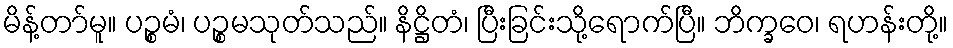
မိန့်တာ်မူ။ ပဉ္စမံ၊ ပဉ္စမသုတ်သည်။ နိဋ္ဌိတံ၊ ပြီးခြင်းသို့ရောက်ပြီ။ ဘိက္ခဝေ၊ ရဟန်းတို့။